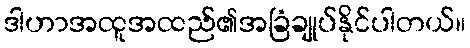
ဒါဟာအထူအထည်၏အခြံချုပ်နိုင်ပါတယ်။